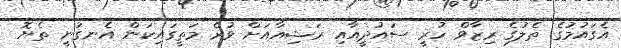
އެގައުމުގެ ތެލުގެ ރިޒާވް ހުރީ ސައުދީއާއި ރަޝިއާއަށް ވުރެ މަތީގައިކަން އެނގުނީ ތެޔޮ